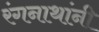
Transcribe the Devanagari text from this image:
रंगनाथांनी